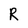
Character: R